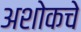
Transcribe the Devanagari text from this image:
अशोकचे